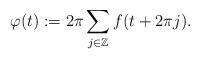
LaTeX: \begin{align*}\varphi(t) := 2 \pi \sum_{ j \in \mathbb{Z}} f(t + 2 \pi j ).\end{align*}